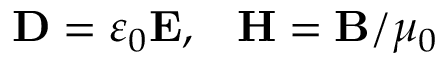
\mathbf { D } = \varepsilon _ { 0 } \mathbf { E } , \; \; \; \mathbf { H } = \mathbf { B } / \mu _ { 0 }